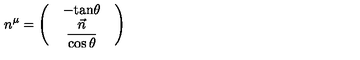
n ^ { \mu } = \left( \begin{array} { c } { \begin{array} { c } { - \mathrm { t a n } \theta } \\ { \displaystyle \frac { \vec { n } } { \cos \theta } } \\ \end{array} } \\ \end{array} \right)